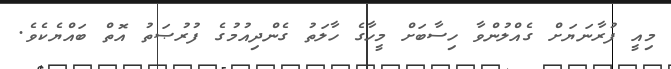
މިއީ ފުރާނަޔަށް ގެއްލުންވާ ހިސާބަށް މީހާގެ ހާލަތު ގެންދިއުމުގެ ފުރުޞަތު އޮތް ބައްޔެކެވެ.